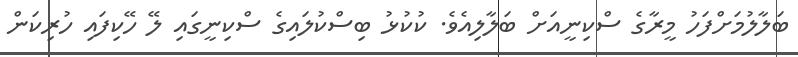
ބަލާލުމަށްފަހު މީރާގެ ސްކިނީއަށް ބަލާލިއެވެ. ކުކުޅު ބިސްކުލައިގެ ސްކިނީގައި ލޭ ހޭކިފައި ހުރިކަން